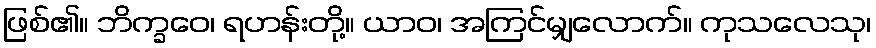
ဖြစ်၏။ ဘိက္ခဝေ၊ ရဟန်းတို့။ ယာဝ၊ အကြင်မျှလောက်။ ကုသလေသု၊